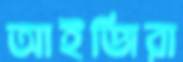
আইজিরা